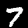
Digit: 7